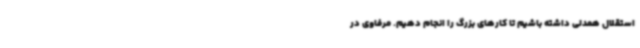
استقلال همدلی داشته باشیم تا کارهای بزرگ را انجام دهیم. مرفاوی در